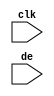
`timescale 1ns / 1ps

module pixel_cnt(
    input wire clk,
    input wire de
    );

reg [16:0] pixel_cnt = 0;

always @(posedge clk)
begin
	if(de)
		pixel_cnt <= pixel_cnt + 1;
	else
	    pixel_cnt <= pixel_cnt;
end

endmodule